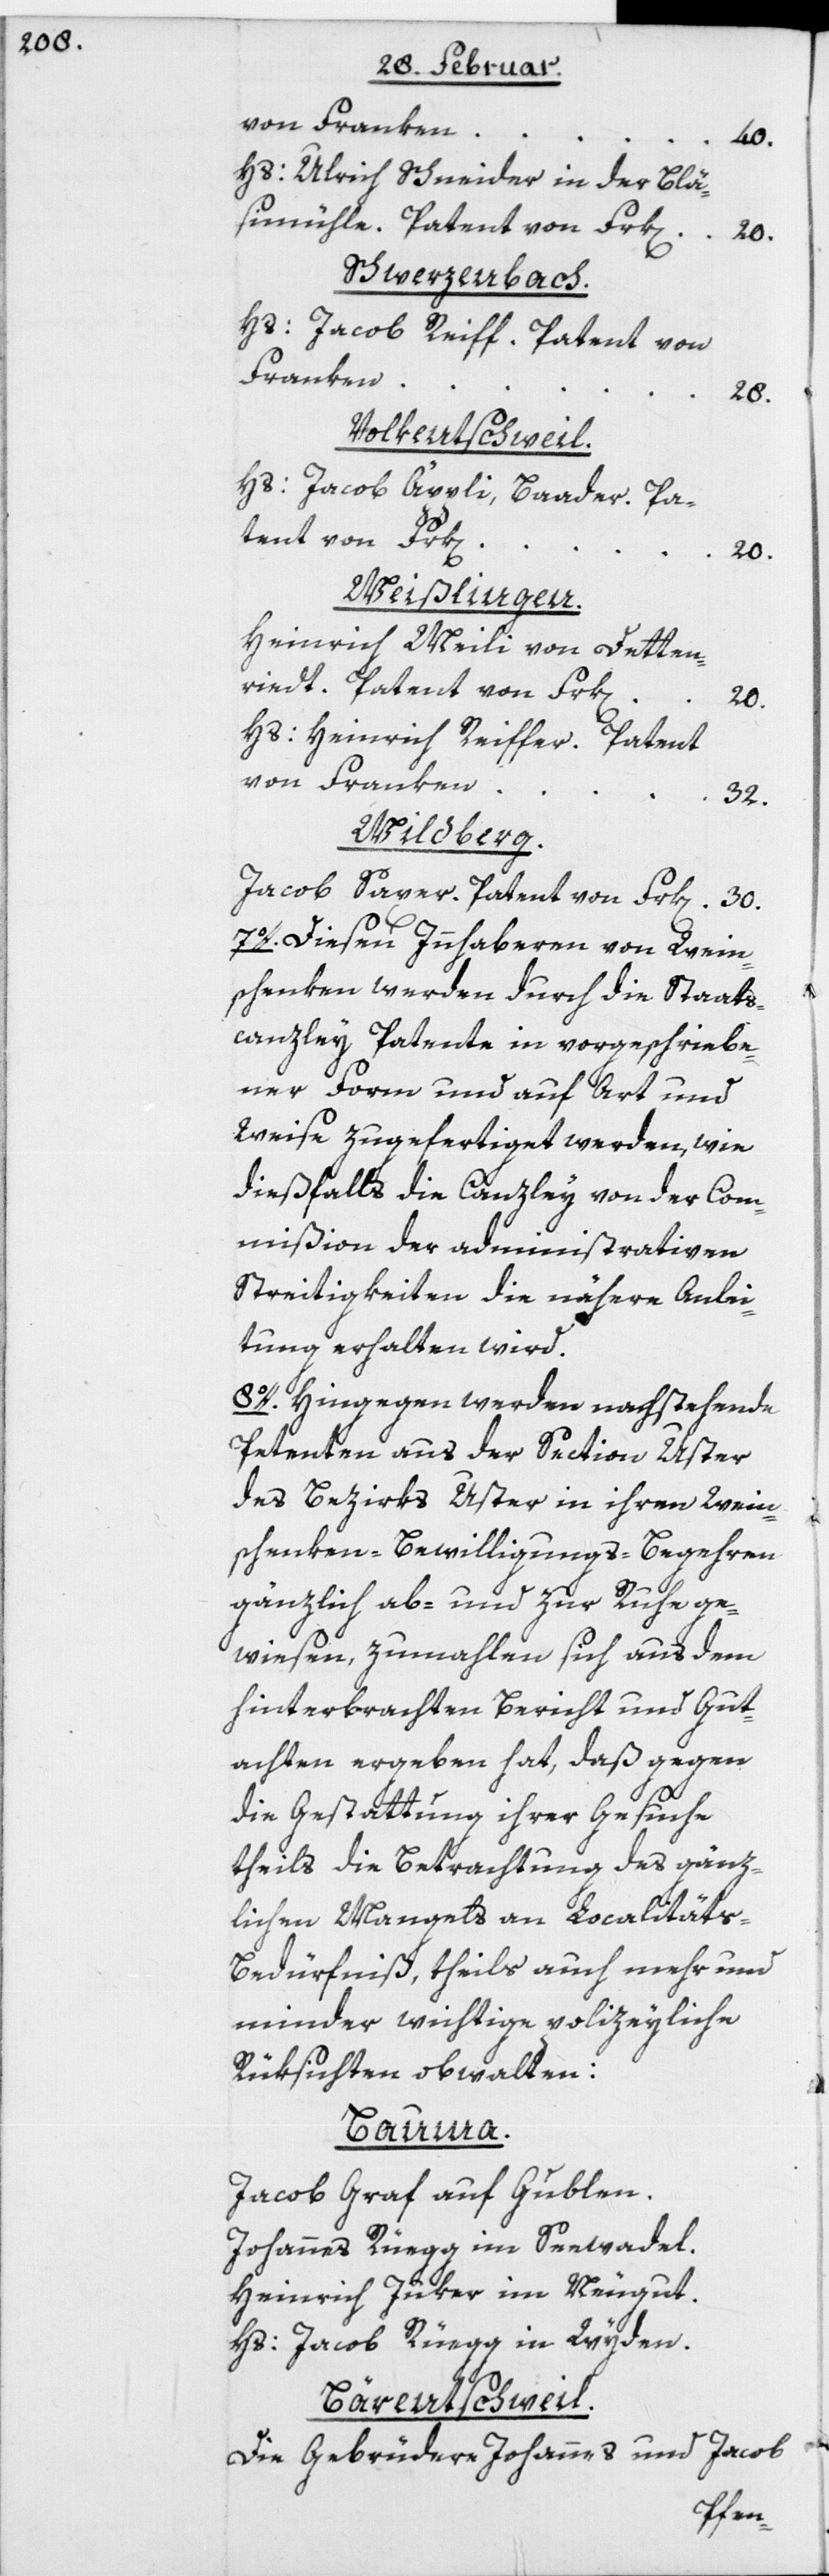
von Franken
40.
Hs: Ulrich Schneider in der Blä¬
simühle. Patent von Frk[en]
20.
Schwerzenbach.
Hs: Jacob Reiff. Patent von
Franken
28.
Volkentschweil.
Hs: Jacob Äppli, Baader. Pa¬
tent von Frk[en]
20.
Weißlingen.
Heinrich Meili von Detten¬
riedt. Patent von Frk[en]
20.
Hs: Heinrich Reiffer. Patent
von Franken
32.
Wildberg.
Jacob Saxer. Patent von Frk[en] 30.
7o. Diesen Innhaberen von Wein¬
schenken werden durch die Staats¬
canzley Patente in vorgeschriebe¬
ner Form und auf Art und
Weise zugefertiget werden, wie
dießfalls die Canzley von der Com¬
mißion der administrativen
Streitigkeiten die nähere Anlei¬
tung erhalten wird.
8o. Hingegen werden nachstehende
Petenten aus der Section Uster
des Bezirks Uster in ihren Wein¬
schenken-Bewilligungs-Begehren
gänzlich ab- und zur Ruhe ge¬
wiesen, zumahlen sich aus dem
hinterbrachten Bericht und Gut¬
achten ergeben hat, daß gegen
die Gestattung ihrer Gesuche
theils die Betrachtung des gänz¬
lichen Mangels an Localität¬
s-Bedürfniß, theils auch mehr und
minder wichtige polizeyliche
Rüksichten obwalten:
Bauma.
Jacob Graf auf Gublen.
Johannes Rüegg im Seewadel.
Heinrich Juker im Neugut.
Hs: Jacob Rüegg in Wyden.
Bärentschweil.
Die Gebrüdere Johannes und Jacob